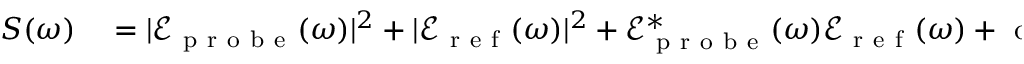
\begin{array} { r l } { S ( \omega ) } & { { } = | \mathcal { E } _ { \mathrm { ~ p ~ r ~ o ~ b ~ e ~ } } ( \omega ) | ^ { 2 } + | \mathcal { E } _ { \mathrm { ~ r ~ e ~ f ~ } } ( \omega ) | ^ { 2 } + \mathcal { E } _ { \mathrm { ~ p ~ r ~ o ~ b ~ e ~ } } ^ { * } ( \omega ) \mathcal { E } _ { \mathrm { ~ r ~ e ~ f ~ } } ( \omega ) + \mathrm { ~ c ~ . ~ c ~ . ~ } } \end{array}